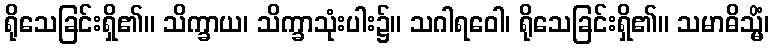
ရိုသေခြင်းရှိ၏။ သိက္ခာယ၊ သိက္ခာသုံးပါး၌။ သဂါရဝေါ၊ ရိုသေခြင်းရှိ၏။ သမာဓိသ္မိံ၊